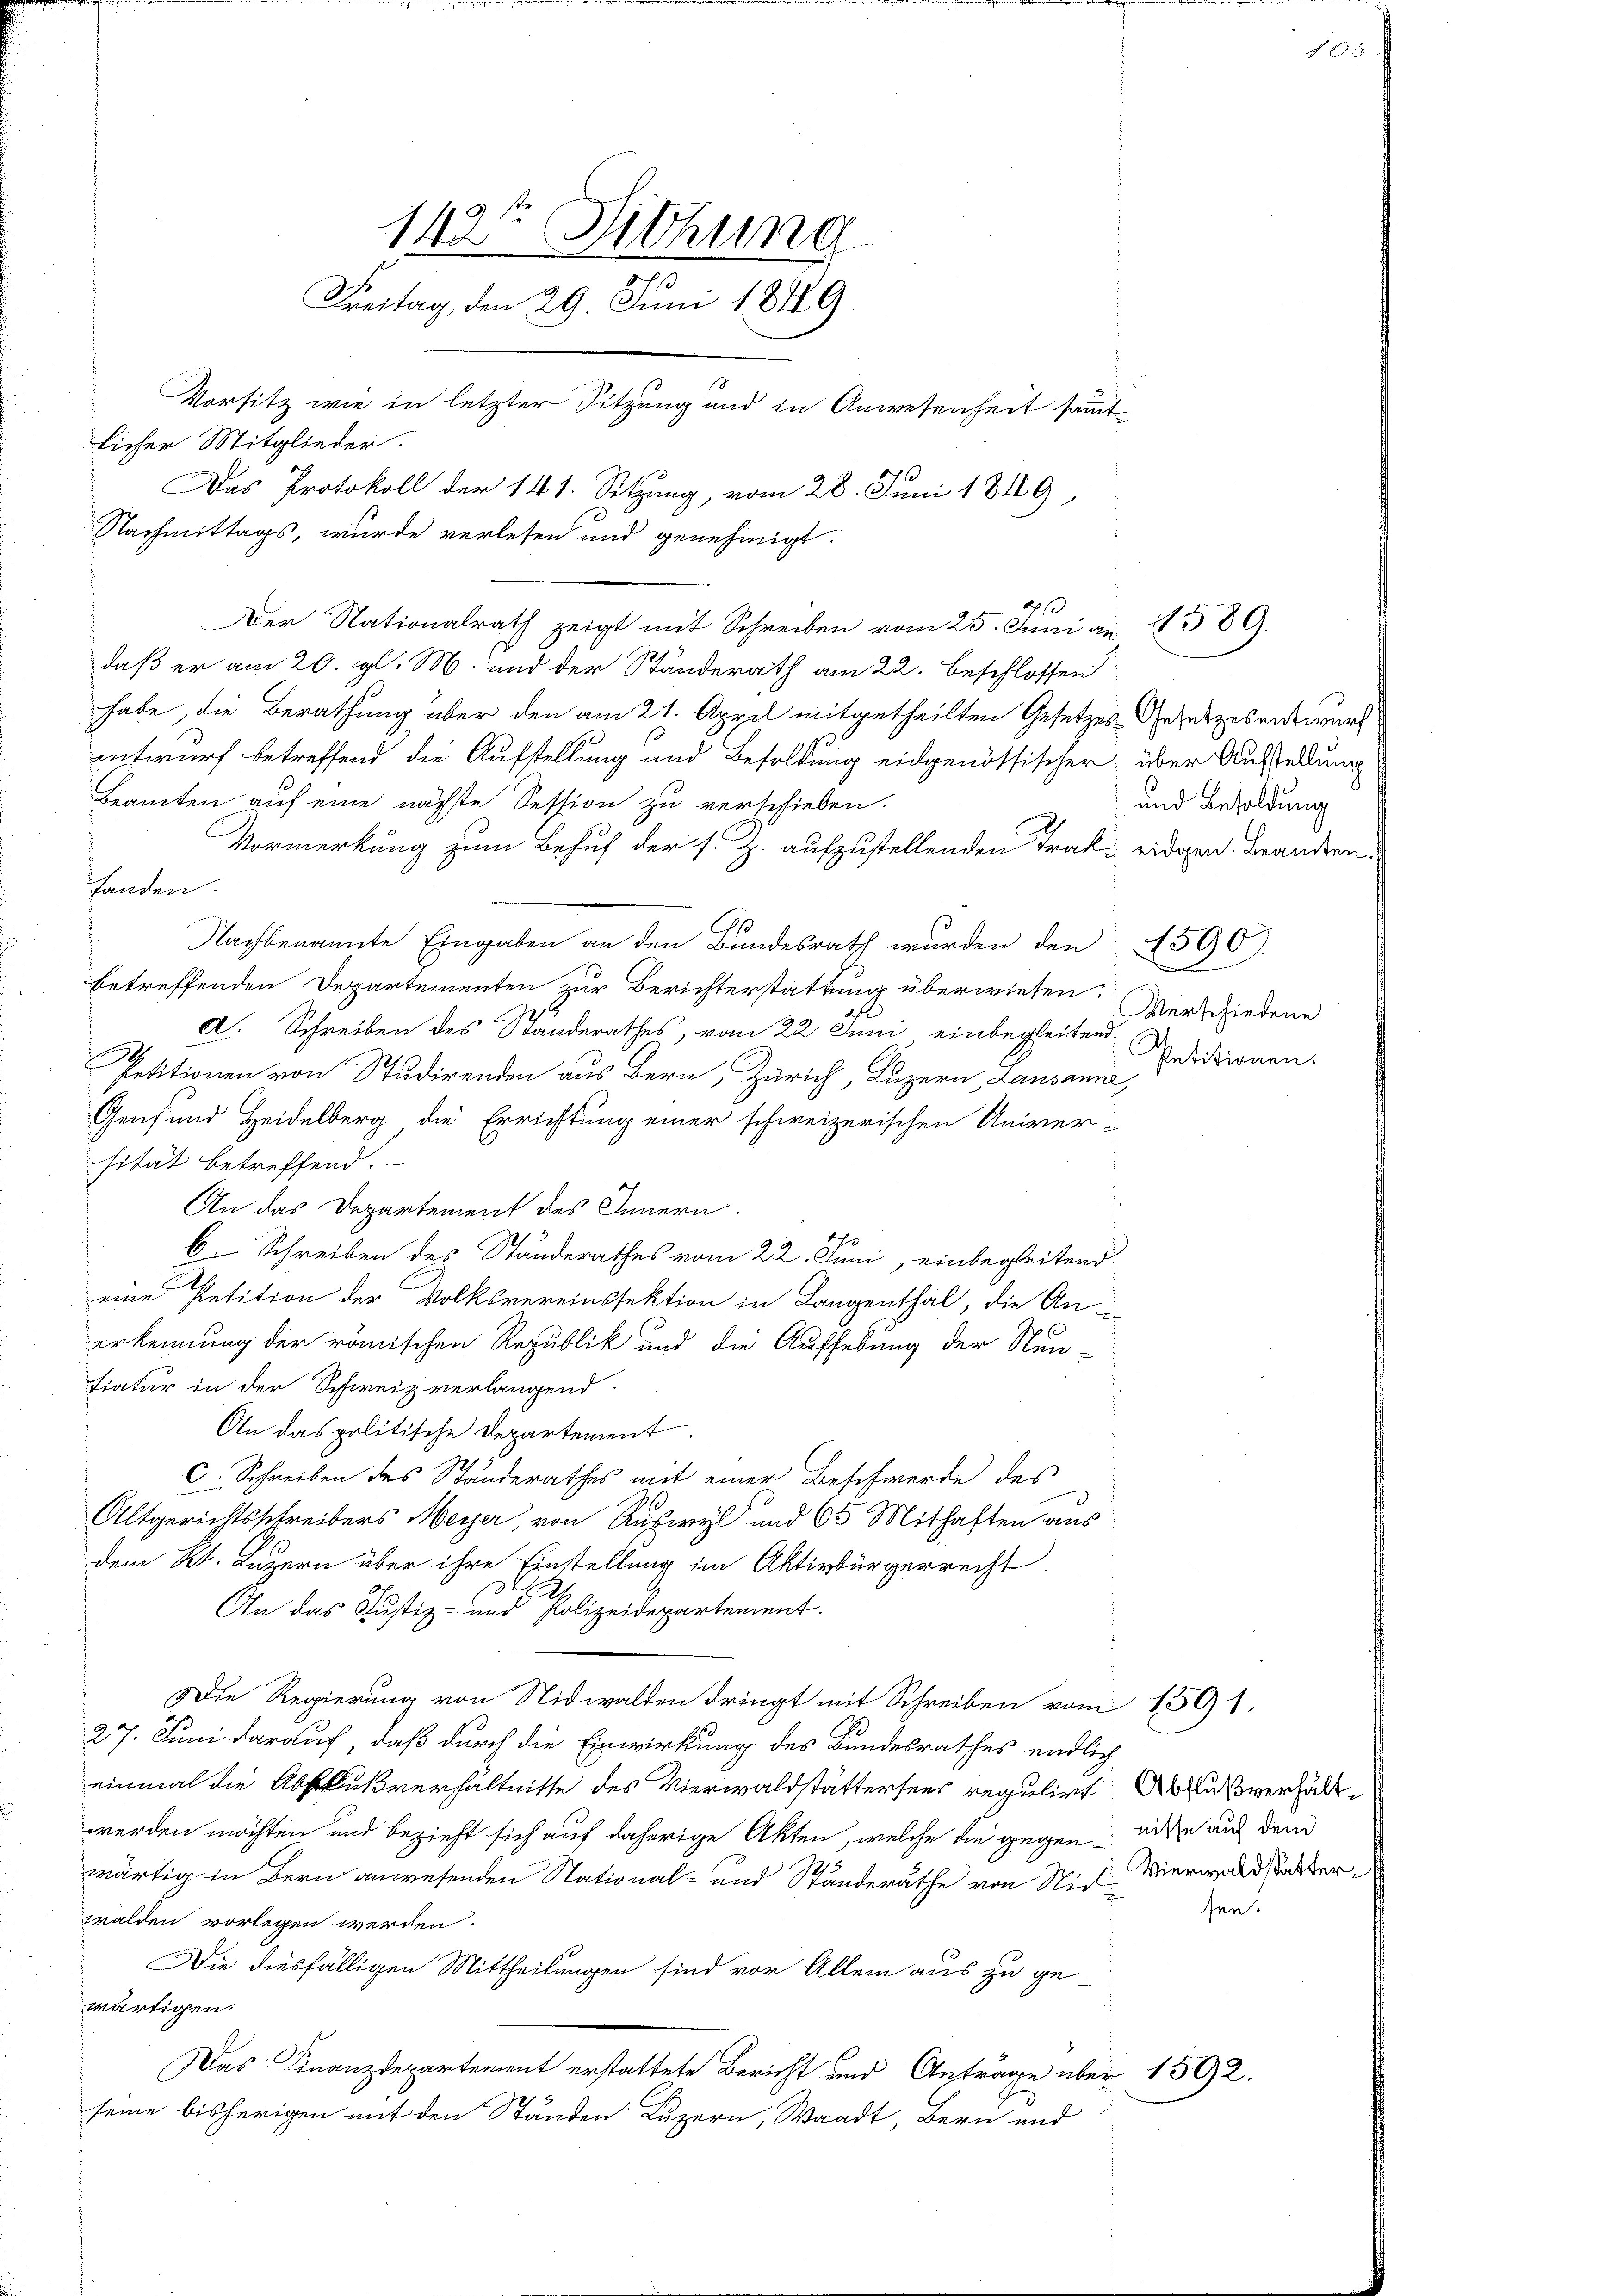
142t Dichung
Freitag, den 29. Juni 1849.
Vorsitz wie in letzter Sitzung und in Anwesenheit sämmtlicher Mitglieder.
Das Protokoll der 141. Sitzung, vom 28. Juni 1849
Nachmittags, wurde verlesen und genehmigt.

habe, die Berathung über den am 21. April mitgetheilten Gesetzes-Gesetzesentwurf
entwurf betreffend die Aufstellung und Besoldung eidgenössischer, über Ausstellung
Beamten auf eine nächste Session zu verschieben.
Vormerkung zum Behuf der s. Z. aufzustellenden Trak eidgen. Brandern.
handen.
Nachbenannte Eingaben an den Bundesrath wurden den 1500
betreffenden Departementen zur Berichterstattung überwiesen.
A. Schreiben des Standerathes, vom 22. Juni einbegleitend
Petitionen von Studirenden aus Bern, Zürich, Luzern, Lausanne,
Genf und Heidelberg die Errichtung einer schweizerischen Univer-
sität betreffend.
An das Departement des Innern.
6. Schreiben des Standerathes vom 22. Juni, einbegleitend
eine Petition der Volksvereinssektion in Langenthal, die An
erkennung der römischen Republik und die Aufhebung der Neu-
fiatur in der Schweiz verlangend.
An das politische Departement.
C. Schreiben des Standerathes mit einer Beschwerde des
Altgerichtsschreibers Meyer, von Ruswyl und 65 Mithaften aus
dem Kt. Luzern über ihre Einstellung im Aktivbürgerrecht
An das Justiz- und Polizeidepartement.
Die Regierung von Nidwalden dringt mit Schreiben vom 1501.
27. Juni darauf, daß durch die Einwirkung des Bundesrathes endlich
einmal die Abflußverhältnisse des Vierwaldstättersees regulirt Abflußverhältwerden möchten und bezieht sich auf daherige Akten, welche die gegen wie aus dem
wärtig in Bern anwesenden Stational- und Standeräthe von Wiel Vierwaldstalter
walden vorlegen werden.
Die diesfälligen Mittheilungen sind vor Allem aus zu ge-
wärtigen.
Das Finanzdepartement erstattete Bericht und Anträge über 1592.
h
seine bisherigen mit den Standen Luzern, Waadt, Bern und

Der Nationalrath zeigt mit Schreiben vom 25. Juni an 1589.
daß er am 20. gl. M. und der Ständerath am 22. beschlossen

und Besoldung

e
Verschiedene
Petitionen.

sen.

g